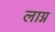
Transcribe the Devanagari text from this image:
लाग्न